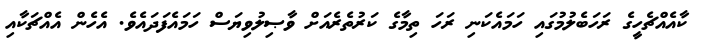
ކާއެއްޗެހީގެ ރަހަބެލުމުގައި ހަމައެކަނި ރަހަ ތިމާގެ ކަރުތެރެއަށް ވާޞިލުވިޔަސް ހަމައެފަދައެވެ. އެހެން އެއްޗަކާއި